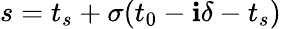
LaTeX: s=t_{s}+\sigma(t_{0}-\mathbf{i}\delta-t_{s})